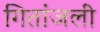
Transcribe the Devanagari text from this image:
गितांजली